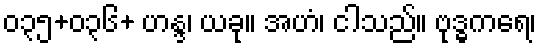
၀၃၅+၀၃၆+ ဟန္ဒ၊ ယခု။ အဟံ၊ ငါသည်။ ဗုဒ္ဓကရေ၊